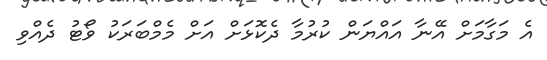
އެ މަގާމަށް އޭނާ އައްޔަން ކުރުމާ ދެކޮޅަށް އަަށް މެމްބަރަކު ވޯޓު ދެއްވި